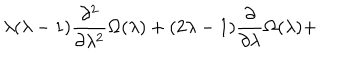
\lambda ( \lambda - 1 ) \frac { \partial ^ { 2 } } { \partial \lambda ^ { 2 } } \Omega ( \lambda ) + ( 2 \lambda - 1 ) \frac { \partial } { \partial \lambda } \Omega ( \lambda ) +